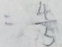
= \frac { 4 } { 5 }